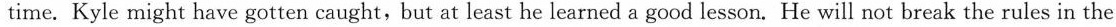
time. Kyle might have gotten caught,but at least he learned a good lesson. He will not break the rules in the